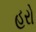
હરો